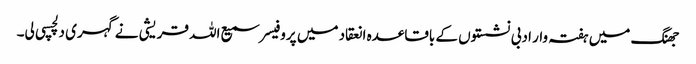
جھنگ میں ہفتہ وار ادبی نشستوں کے باقاعدہ انعقاد میں پروفیسر سمیع اللہ قریشی نے گہری دلچسپی لی۔